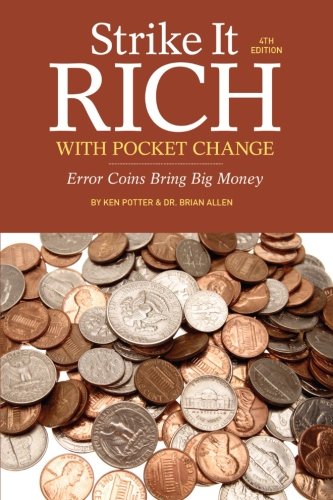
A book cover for Strike It Rich with Pocket Change: Error Coins Bring Big Money; Ken Potter; Crafts, Hobbies & Home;